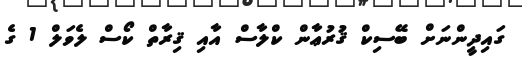
ގައިދީންނަށް ބޭސިކް ޤުރުޢާން ކްލާސް އާއި ޤިރާތް ކޯސް ލެވަލް 1 ގެ